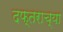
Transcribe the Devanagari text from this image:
दफ्तराच्या